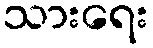
သားရေး